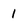
Character: 1